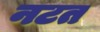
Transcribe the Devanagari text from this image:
नटत